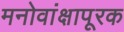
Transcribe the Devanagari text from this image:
मनोवांक्षापूरक